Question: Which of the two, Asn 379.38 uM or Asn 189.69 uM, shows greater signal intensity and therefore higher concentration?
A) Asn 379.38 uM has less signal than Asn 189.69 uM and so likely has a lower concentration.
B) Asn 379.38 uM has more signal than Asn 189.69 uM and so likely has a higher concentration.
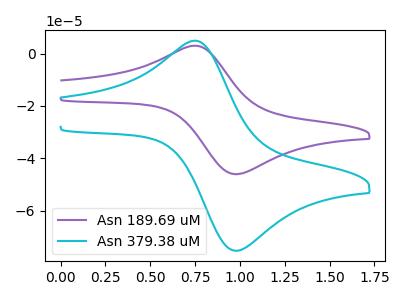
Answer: <think>The purple curve "Asn 189.69 uM" has an anodic peak at (0.75V, 3.00uA) and a cathodic peak at (1.00V, -46.05uA). The cyan curve "Asn 379.38 uM" has an anodic peak at (0.75V, 4.95uA) and a cathodic peak at (1.00V, -75.35uA).
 All the peaks in "Asn 379.38 uM" have a peak in "Asn 189.69 uM" at the same potential. Every peak in "Asn 379.38 uM" is higher than every peak in "Asn 189.69 uM".</think>
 <answer>B) "Asn 379.38 uM" has more signal than "Asn 189.69 uM" and so likely has a higher concentration.</answer>
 <eval>B</eval>